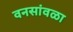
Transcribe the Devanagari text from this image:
वनसांवळा